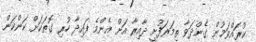
ކުރައްވަމުން ގެންދަވާ ތިމަރަފުށީ ދާއިރާ އަށް އެންމެ ފައިދާ ހުރި ގޮތަކަށް ކަންކަން